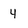
Character: 4